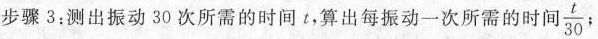
步骤3：测出振动30次所需的时间t，算出每振动一次所需的时间\frac{t}{30}；